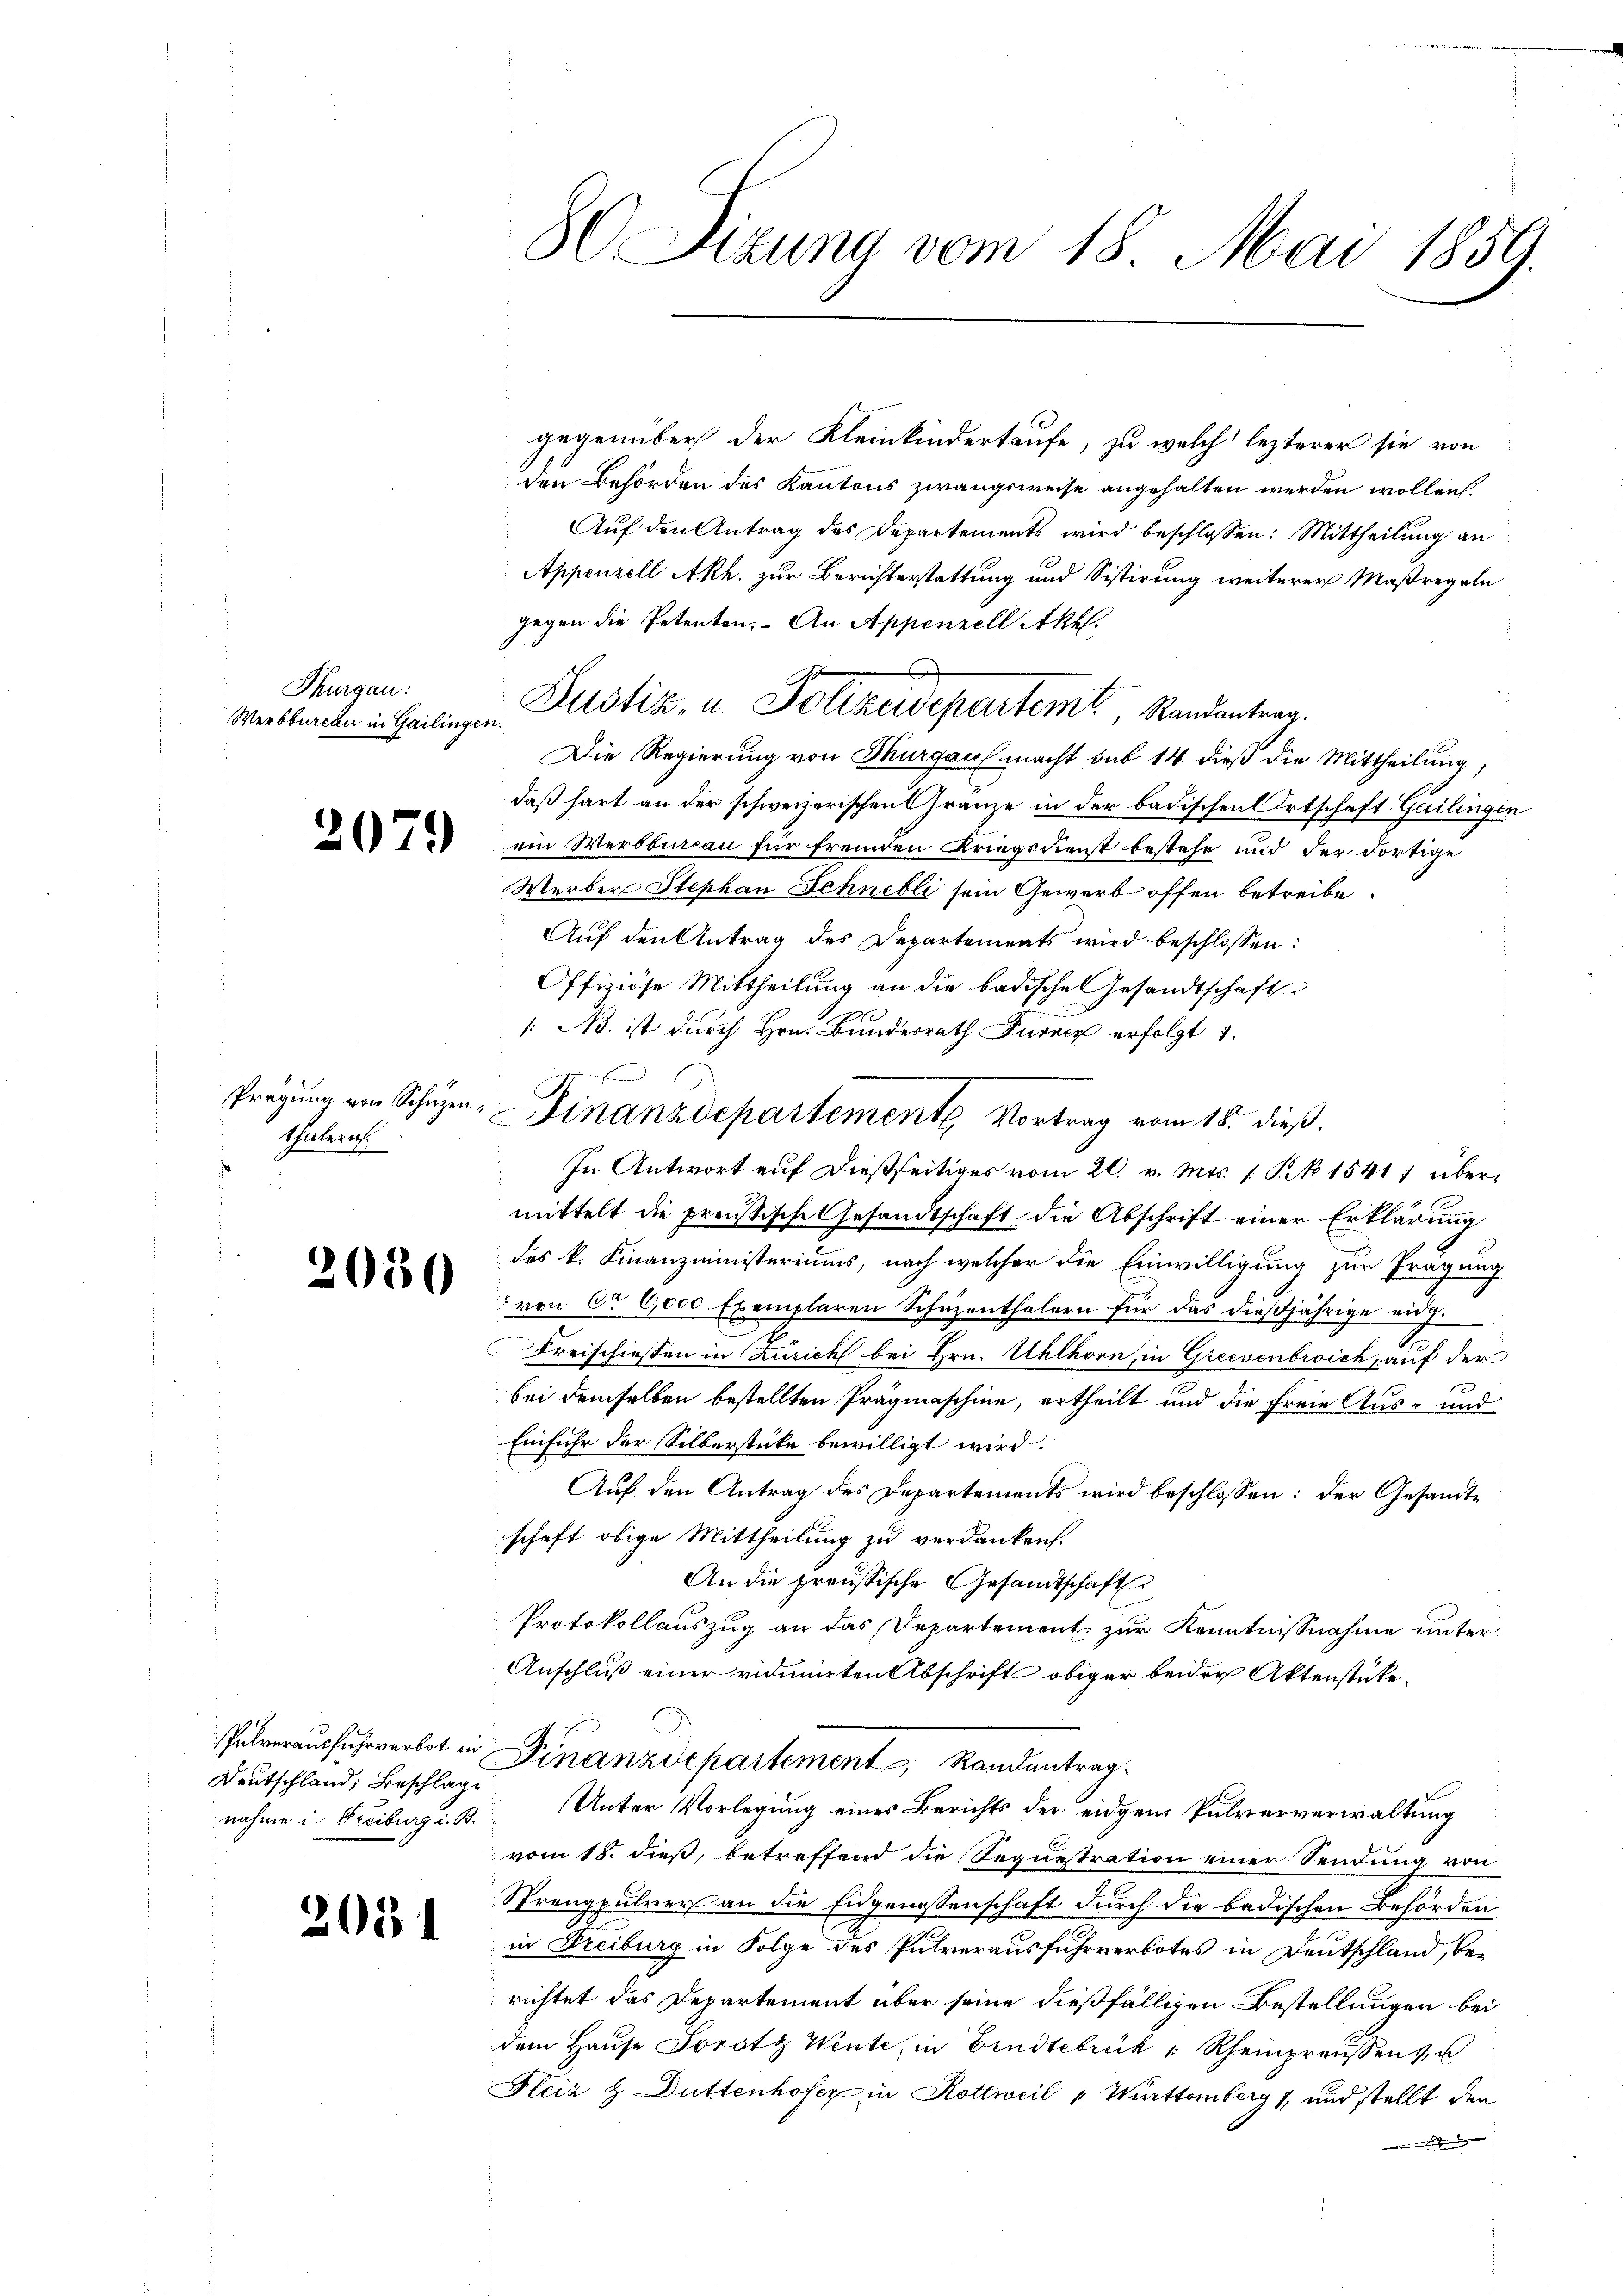
Thurgau:
Werbbureau in Gailingen.

n

2079

Prägung von Schuzen.
thalern.

030

Pulverausfuhrverbot in
Deutschland, Beschlage
nahme u. Freiburg i. B.

205

80 Sizung vom 18. Mai 1859.

gegenüber der Kleinkindertaufe, zu welch lezterer sie von
den Behörden des Kantons zwangsweise angehalten werden wollen.
Auf den Antrag des Departements wird beschlossen: Mittheilung an
Appenzell Akh. zur Berichterstattung und Sistirung weiterer Maßregeln
gegen die Petenten. An Appenzell Akl.
s
Justiz, u. Polizeidepartemt, Randantrag.
Die Regierung von Thurgau macht sub 14. dieß die Mittheilung,
daß hart an der schweizerischen Gränze in der badischen Ortschaft Gailingen
ein Werdburcau für fremden Kriegsdienst bestehe und der dortige
Werber Stephan Schnelli sein Gewerb offen betreibe.
Auf den Antrag des Departements wird beschlossen:
Offiziöse Mittheilung an die badische Gesandtschafte
1: N. ist durch Hrn. Bundesrath Furner erfolgt 1.
In Antwort auf dießseitiges vom 20. v. Mts. 1 S. No 1541) übermittelt die preußische Gesandtschaft die Abschrift einer Erklärung
des k. Finanzministeriums, nach welcher die Einwilligung zur Prägung
von ca 6000 Exemplaren Schüzenthalern für das dießjährige eidg.
Freischiessen in Zürich bei Hrn. Uhlhorn, in Greevenbroich, auf der
bei demselben bestellten Prägmaschine, ertheilt und die freie Aus- und
Einfuhr der Silberstüke bewilligt wird.
Auf den Antrag des Departements wird beschlossen: der Gesandte
schaft obige Mittheilung zu verdanken.
An die preussische Gesandtschaft
Protokollauszug an das Departement zur Kenntnißnahme unter¬
Anschluß einer vidimirten Abschrift obiger beider Aktenstücke.
Finanzdepartement Randantrag.
Unter Vorlegung eines Berichts der eidgen Pulververwaltung
vom 18. dieß, betreffend die Sequestration einer Sendung von
Strengpulver an die Eidgenossenschaft durch die badischen Behörden
in Freiburg in Folge des Pulverausfuhrverbotes in Deutschland, berichtet das Departement über seine dießfälligen Bestellungen bei
dem Hause Sorotz Wente, in Eindtebrik " Rheinpreußen, u
Fleiz & Duttenhofer in Kottweil " Württemberg 1, und stellt den

enferen
F

Finanzdepartemente Vortrag vom 18. dieß.